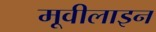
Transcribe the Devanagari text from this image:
मूवीलाइन